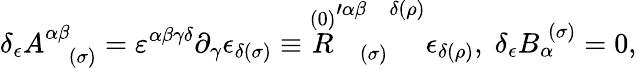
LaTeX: \delta_{\epsilon}A_{\; \; \; (\sigma)}^{\alpha\beta}=\varepsilon^{\alpha\beta\gamma\delta}\partial_{\gamma}\epsilon_{\delta(\sigma)}\equiv\stackrel{(0)}{R}_{\; \; \; (\sigma)}^{\prime\alpha\beta\; \; \; \delta(\rho)}\epsilon_{\delta(\rho)},\; \delta_{\epsilon}B_{\alpha}^{\; (\sigma)}=0,